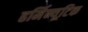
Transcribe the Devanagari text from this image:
हर्मिन्यूटिक